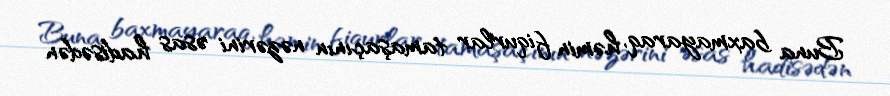
Buna baxmayaraq, həmin fiqurlar tamaşaçının nəzərini əsas hadisədən